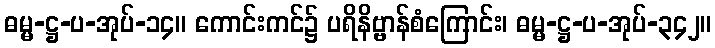
ဓမ္မ-ဋ္ဌ-ပ-အုပ်-၁၄။ ကောင်းကင်၌ ပရိနိဗ္ဗာန်စံကြောင်း၊ ဓမ္မ-ဋ္ဌ-ပ-အုပ်-၃၄၂။